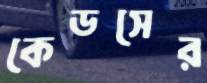
কেডসের